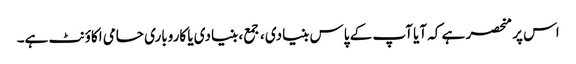
اس پر منحصر ہے کہ آیا آپ کے پاس بنیادی ، جمع ، بنیادی یا کاروباری حامی اکاؤنٹ ہے۔